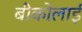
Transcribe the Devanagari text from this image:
बीकोलाई